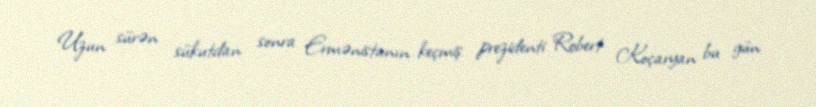
Uzun sürən sükutdan sonra Ermənistanın keçmiş prezidenti Robert Koçaryan bu gün